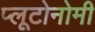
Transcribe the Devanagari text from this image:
प्लूटोनोमी